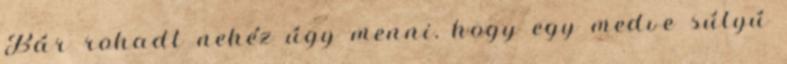
Bár rohadt nehéz úgy menni, hogy egy medve súlyú